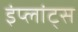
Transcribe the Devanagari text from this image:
इंप्लांट्स